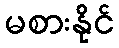
မစားနိုင်